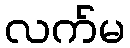
လက်မ